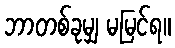
ဘာတစ်ခုမျှ မမြင်ရ။